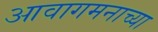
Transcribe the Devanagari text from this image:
आवागमनाच्या